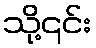
သို့၎င်း